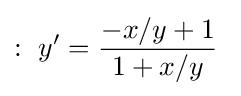
:\ y'={\frac {-x/y+1}{1+x/y}}\